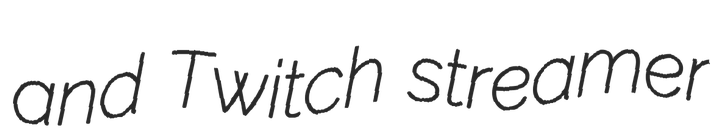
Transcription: and Twitch streamer